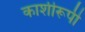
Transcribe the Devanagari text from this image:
काशीरूपी